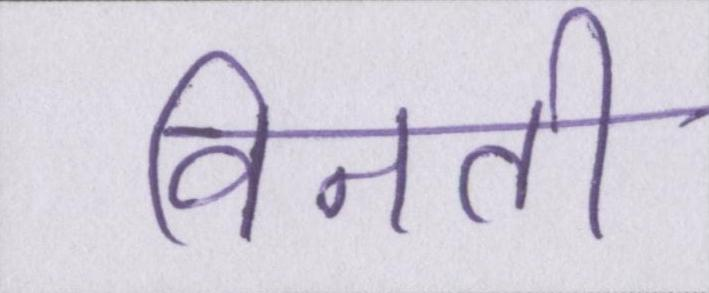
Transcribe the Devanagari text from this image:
विनती